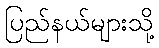
ပြည်နယ်များသို့